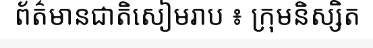
ព័ត៌មានជាតិសៀមរាប ៖ ក្រុមនិស្សិត